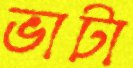
ভাটা